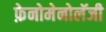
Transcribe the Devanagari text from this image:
फ़ेनोमेनोलॅजी